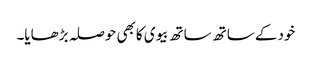
خودکے ساتھ ساتھ بیوی کابھی حوصلہ بڑھایا۔